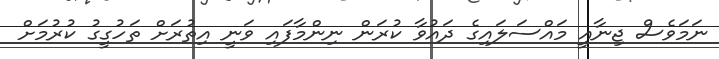
ނަމަވެސް ޖިނާއީ މައްސަލައިގެ ދައުވާ ކުރަން ނިންމާފައި ވަނީ އިތުރަށް ތަހުގީގު ކުރުމަށް